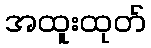
အထူးထုတ်